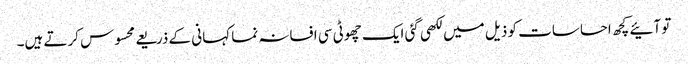
تو آئیے کچھ احساسات کو ذیل میں لکھی گئی ایک چھوٹی سی افسانہ نما کہانی کے ذریعے محسوس کرتے ہیں۔